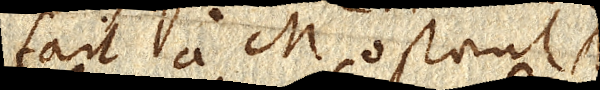
fait à M., ostant N.